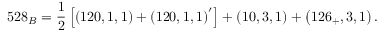
5 2 8 _ { B } = \frac 1 2 \left[ \left( 1 2 0 , 1 , 1 \right) + \left( 1 2 0 , 1 , 1 \right) ^ { \prime } \right] + \left( 1 0 , 3 , 1 \right) + \left( 1 2 6 _ { + } , 3 , 1 \right) .